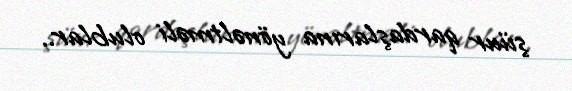
şüur qardaşlarına yönəltməli olublar..